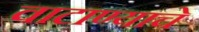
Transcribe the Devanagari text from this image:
वाटाण्याचे